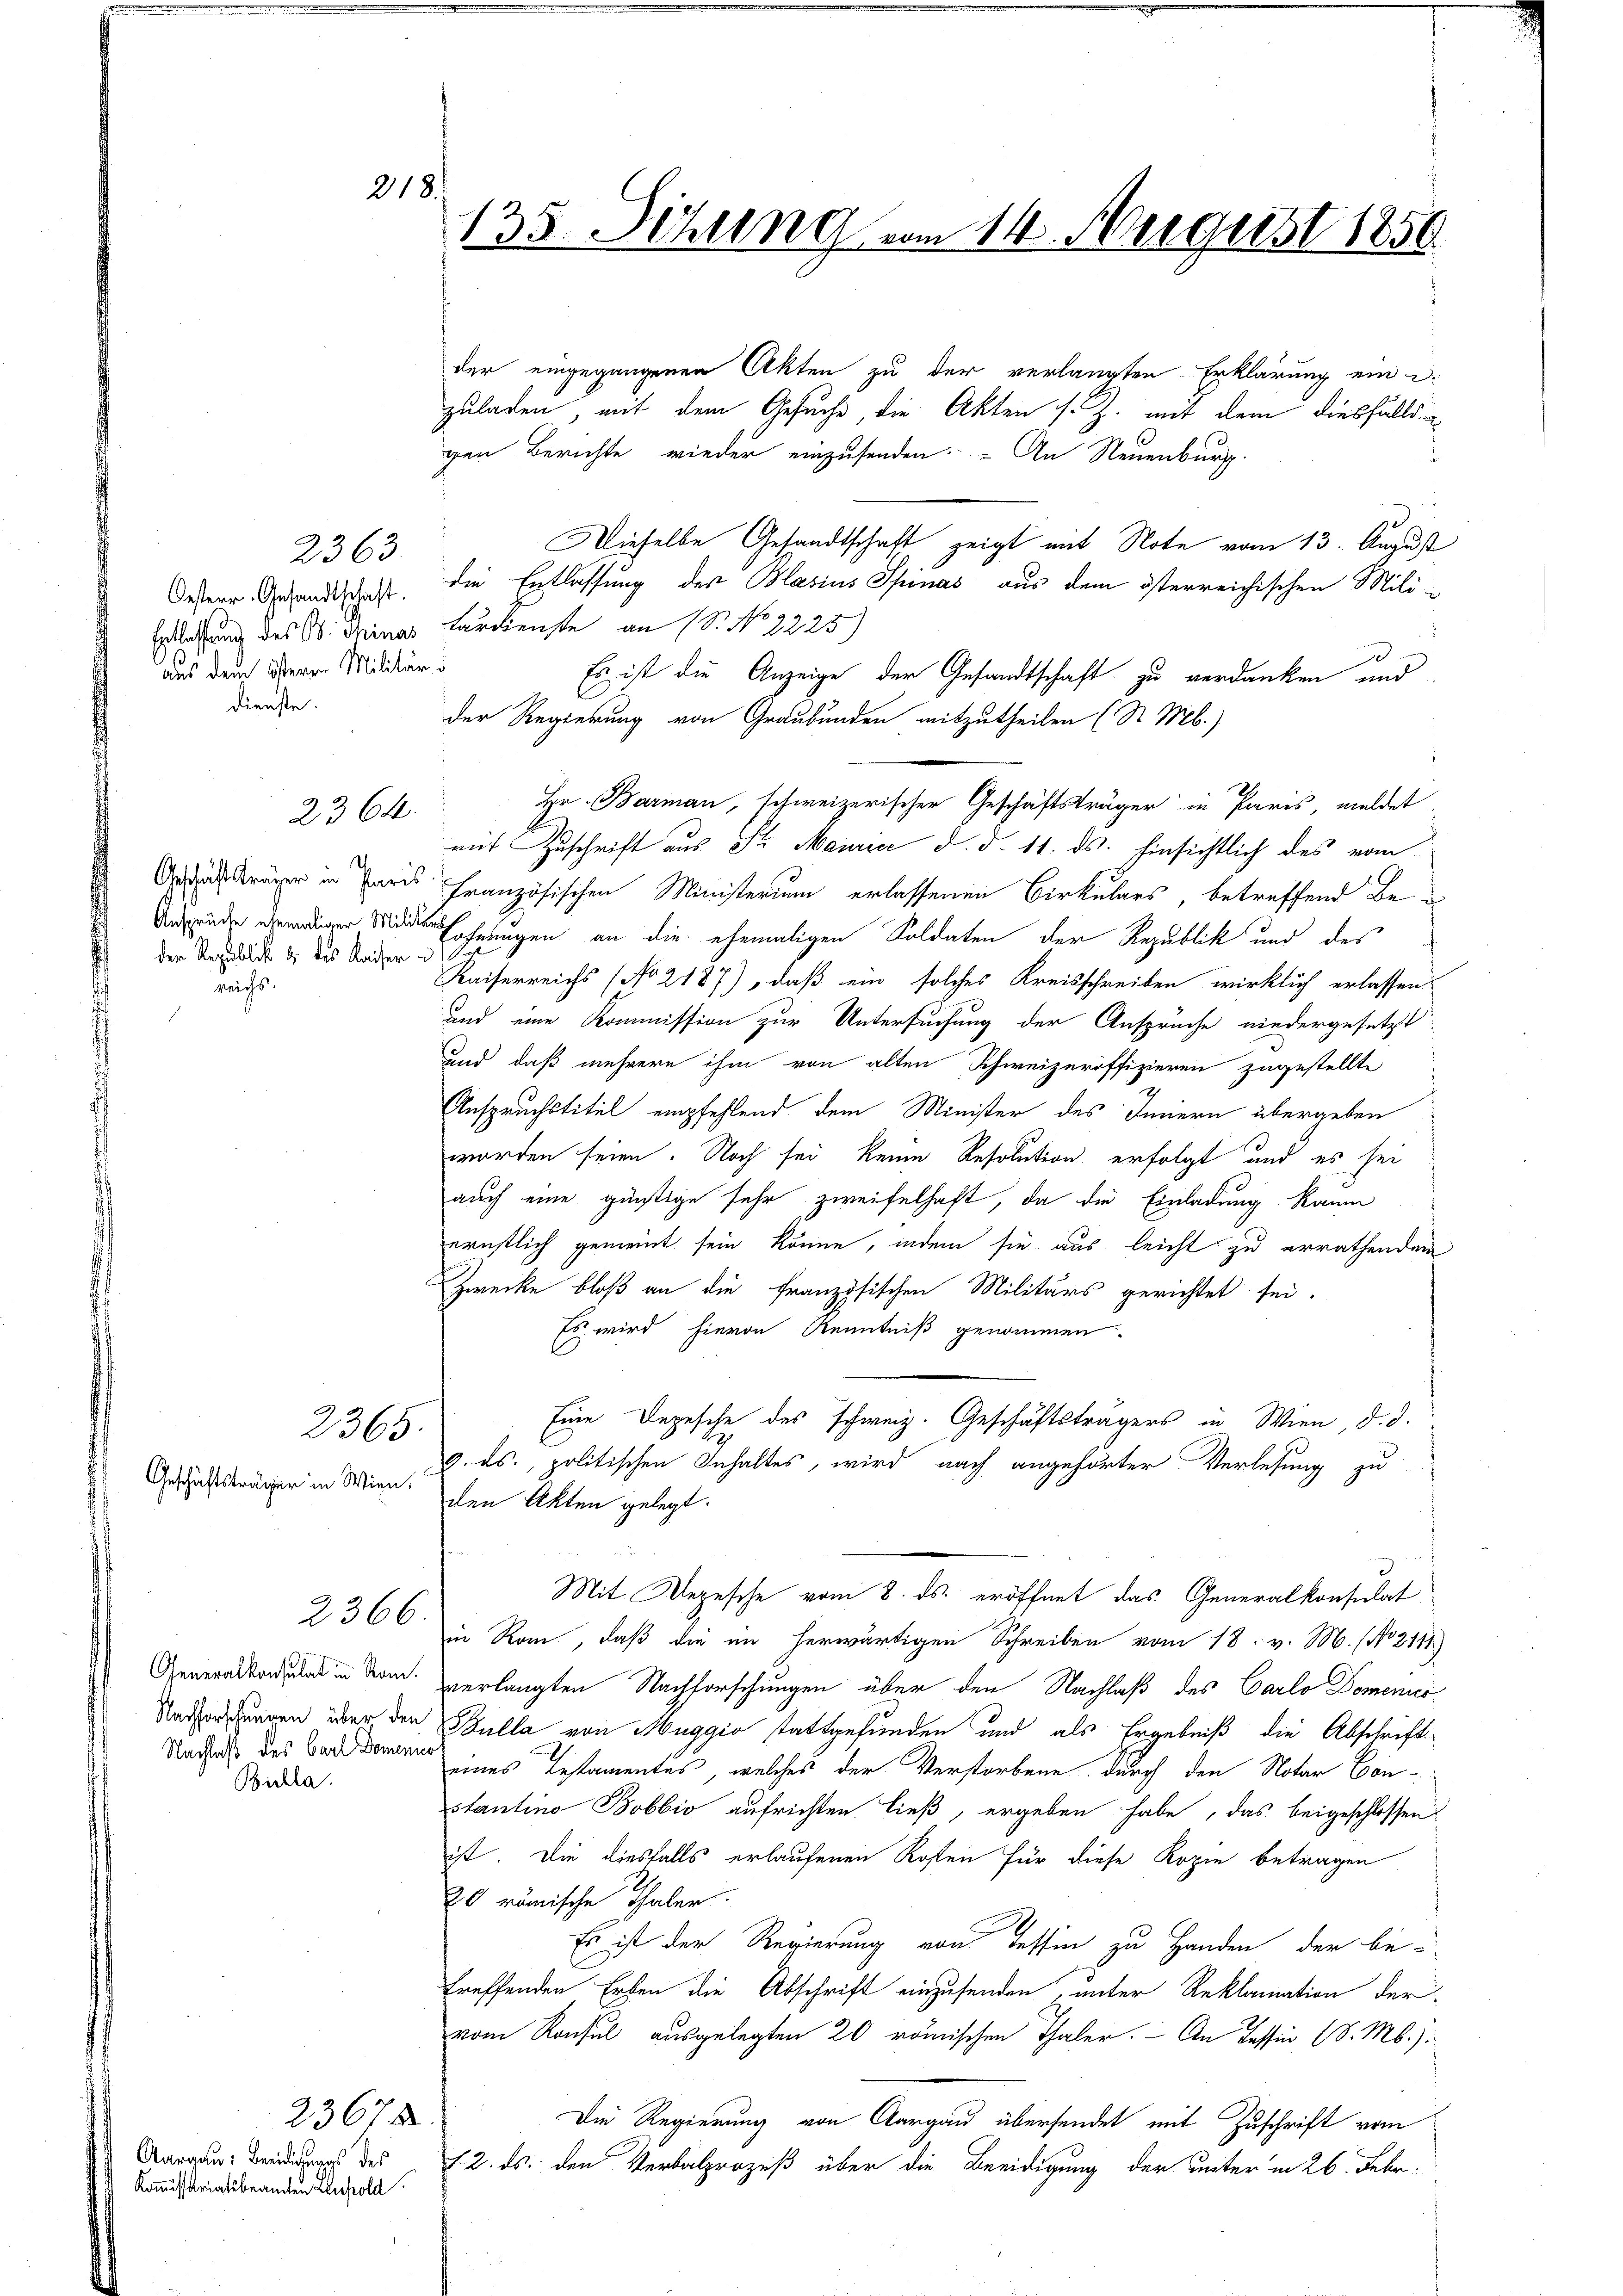
218.

2363
Oesterr. Gesandtschaft.
aus dem österen Militär
dienste.

Geschäftsträger in Paris
der Republik & des Kaiser i
reichs.

Geschäftsträger in Wien,

2364.

2365.

2366.

Nachlaß des Carl Dominur
Bichla

23678
Aargau: Beeidigungs des
Kommissariatsbeamten Einhold

135 Sizung vom 14. August 1850.

der eingegangenen Akten zu der verlangten Erklärung ein d.
zuladen, mit dem Gesuche, die Akten s. Z. mit dem diesfälls
gen Berichte wieder einzusenden. - An Neuenburg.
2
Dieselbe Gesandtschaft zeigt mit Note vom 13. August
die Entlassung des Blasius Spinas aus dem österreichischen Mili¬
Entlassung des B. Minas Lanckenste an 1. No 2225)
Es ist die Anzeige der Gesandtschaft zu verdanken und
der Regierung von Graubünden mitzutheilen (S. Mb.)
Hr. Barian, schweizerischer Geschäftsträger in Paris, meldet
mit Zuschrift aus Sr. Maurice d. d. 11. ds. hinsichtlich des vom
französischen Ministerium erlassenen Birkulars, betreffend Beu
ohnungen an die ehemaligen Soldaten der Republik und des
Kaiserreichs (No 2187), daß ein solches Kreisschreiben wirklich erlassen.
und eine Kommission zur Untersuchung der Ansprüche niedergesetzt
und daß mehrere ihm von alten Schweizeroffizieren zugestellte
Anspruchstitel empfehlend dem Minister des Innern übergeben
worden seien. Noch sei keine Resolution erfolgt und es sei
auch eine günstige sehr zweifelhaft, da die Einladung kaum
ernstlich gemeint sein könne, indem sie aus leicht zu errathenden
Zwecke bloß an die französischen Militärs gerichtet sei.
Es wird hievon Kenntniß genommen.
Eine Depesche des schweiz. Geschäftsträgers in Wien, d. d.
9. ds., politischen Inhaltes, wird nach angehörter Verlesung zu
den Akten gelegt.
Mit Depesche vom 8. ds. eröffnet das Generalkonsulat
in Rau, daß die im herwärtigen Schreiben vom 18. v. M. (No 2111)
Generaltordnung in den verlangten Nachforschungen über den Nachlaß des Carlo Domenis
Vorgen über den Bulla von Muggio stattgefunden und als Ergebniß die Abschrifteines Testamentes, welches der Verstorbene durch den Notar Con-
stantino Bobbio aufrichten ließ, ergeben habe, das beigeschlossen
ist. Die diesfalls erlaufenen Kosten für diese Kopie betragen
20 römische Thaler.
Es ist der Regierung von Tessin zu Handen der be-
treffenden Erben die Abschrift einzusenden, unter Reklamation der
vom Konsul ausgelegten 20 römischen Thaler. - An Tessin (8. Mb.).
Die Regierung von Aargau übersendet mit Zuschrift vom
12. ds. den Verbalprozeß über die Beeidigung der unter in 26. Febr.